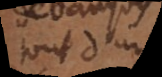
sont des